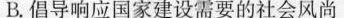
B.倡导响应国家建设需要的社会风尚